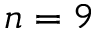
n = 9